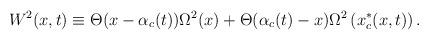
LaTeX: \begin{align*}W^2(x,t)\equiv \Theta(x-\alpha_c(t)) \Omega^2(x)+\Theta(\alpha_c(t)-x)\Omega^2\left(x_c^*(x,t)\right).\end{align*}